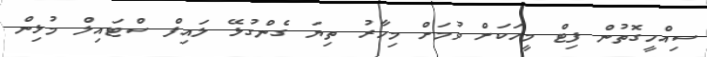
ސިއްހީގޮތުން ފިޓް މީހަކަށް ވުމަށް މިހާރު ތިޔަ ގެންގުޅޭ ލައިފް ސްޓައިލް މުޅިން